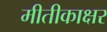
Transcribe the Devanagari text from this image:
मीतीकाक्षर